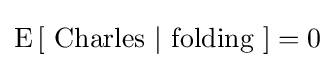
\operatorname {E} \left[{\mbox{ Charles }}|{\mbox{ folding }}\right]=0